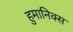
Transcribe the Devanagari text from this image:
हुमानिक्स